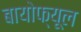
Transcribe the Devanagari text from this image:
बायोफ्यूल